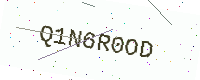
Text: Q1N6R0OD